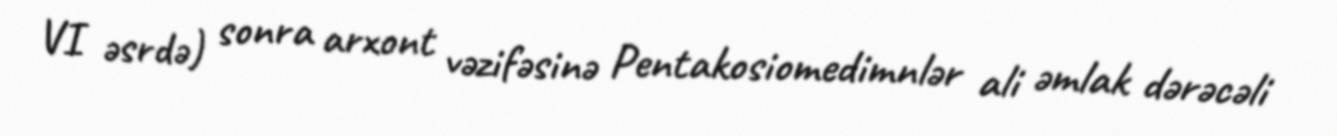
VI əsrdə) sonra arxont vəzifəsinə Pentakosiomedimnlər ali əmlak dərəcəli